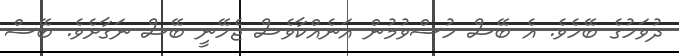
ދުވަހުގެ ބޭހެވެ. އެ ބޭސް ހުސްވުމުން އަނެއްކާވެސް ޖެހޭނީ ބޭސް ނަގާށެވެ. ބޭސް